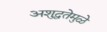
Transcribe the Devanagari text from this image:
अशुद्धतेमुळे